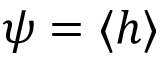
\psi = \langle h \rangle